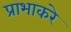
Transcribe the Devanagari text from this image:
प्राभाकरे